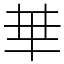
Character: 𠦒